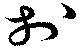
於